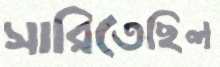
সারিতেছিল